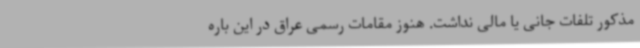
مذکور تلفات جانی یا مالی نداشت. هنوز مقامات رسمی عراق در این باره